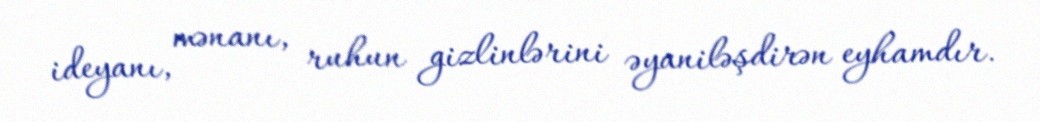
ideyanı, mənanı, ruhun gizlinlərini əyaniləşdirən eyhamdır.